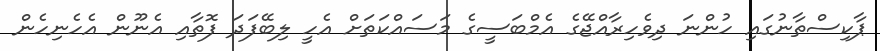
ޕާކިސްތާނުގައި ހުންނަ ދިވެހިރާއްޖޭގެ އެމްބަސީގެ މަސައްކަތަށް އެހީ ލިބޭފަދަ ފޮތާއި އެނޫން އެހެނިހެން